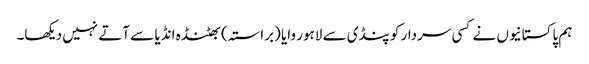
ہم پاکستانیوں نے کسی سردار کو پنڈی سے لاہور وایا (براستہ) بھٹنڈہ انڈیا سے آتے نہیں دیکھا۔